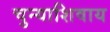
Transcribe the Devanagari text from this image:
चुन्याशिवाय